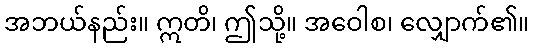
အဘယ်နည်း။ ဣတိ၊ ဤသို့။ အဝေါစ၊ လျှောက်၏။